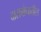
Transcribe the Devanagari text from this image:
दासबोधातील